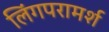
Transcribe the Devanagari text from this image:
लिंगपरामर्श